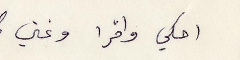
احكي واقرا وغني